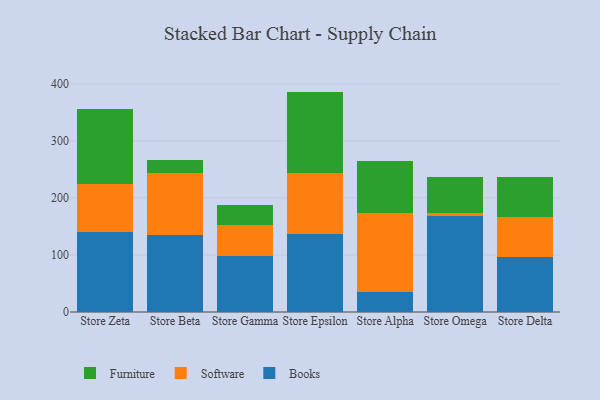
{"axis": {"x": "Store", "y": "Energy Usage (MWh)"}, "legend": ["Books", "Furniture", "Software"], "data": [{"x": "Store Zeta", "y": 139.5, "type": "Books"}, {"x": "Store Zeta", "y": 84.6, "type": "Software"}, {"x": "Store Zeta", "y": 132.2, "type": "Furniture"}, {"x": "Store Beta", "y": 135.5, "type": "Books"}, {"x": "Store Beta", "y": 108.7, "type": "Software"}, {"x": "Store Beta", "y": 22.1, "type": "Furniture"}, {"x": "Store Gamma", "y": 98.1, "type": "Books"}, {"x": "Store Gamma", "y": 54.7, "type": "Software"}, {"x": "Store Gamma", "y": 34.2, "type": "Furniture"}, {"x": "Store Epsilon", "y": 137.1, "type": "Books"}, {"x": "Store Epsilon", "y": 107.3, "type": "Software"}, {"x": "Store Epsilon", "y": 142.0, "type": "Furniture"}, {"x": "Store Alpha", "y": 35.7, "type": "Books"}, {"x": "Store Alpha", "y": 137.6, "type": "Software"}, {"x": "Store Alpha", "y": 91.9, "type": "Furniture"}, {"x": "Store Omega", "y": 167.9, "type": "Books"}, {"x": "Store Omega", "y": 6.3, "type": "Software"}, {"x": "Store Omega", "y": 63.2, "type": "Furniture"}, {"x": "Store Delta", "y": 97.3, "type": "Books"}, {"x": "Store Delta", "y": 69.2, "type": "Software"}, {"x": "Store Delta", "y": 70.7, "type": "Furniture"}]}